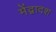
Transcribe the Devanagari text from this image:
मेंद्वादश